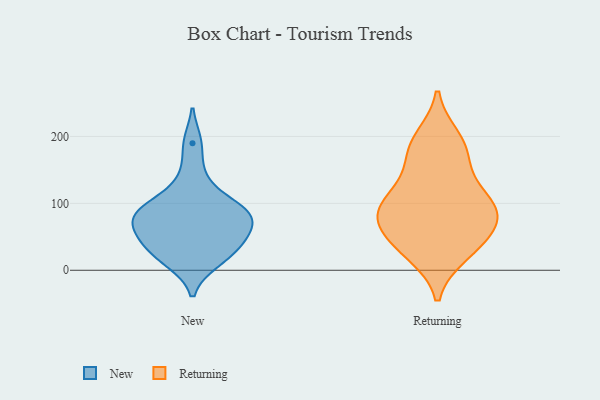
{"axis": {"x": "Active Users", "y": "Value"}, "legend": ["New", "Returning"], "data": [{"x": "", "y": 41, "type": "New"}, {"x": "", "y": 37, "type": "New"}, {"x": "", "y": 97, "type": "New"}, {"x": "", "y": 190, "type": "New"}, {"x": "", "y": 69, "type": "New"}, {"x": "", "y": 139, "type": "New"}, {"x": "", "y": 74, "type": "New"}, {"x": "", "y": 97, "type": "New"}, {"x": "", "y": 87, "type": "New"}, {"x": "", "y": 16, "type": "New"}, {"x": "", "y": 86, "type": "New"}, {"x": "", "y": 43, "type": "New"}, {"x": "", "y": 66, "type": "New"}, {"x": "", "y": 13, "type": "New"}, {"x": "", "y": 175, "type": "Returning"}, {"x": "", "y": 185, "type": "Returning"}, {"x": "", "y": 94, "type": "Returning"}, {"x": "", "y": 95, "type": "Returning"}, {"x": "", "y": 78, "type": "Returning"}, {"x": "", "y": 25, "type": "Returning"}, {"x": "", "y": 77, "type": "Returning"}, {"x": "", "y": 61, "type": "Returning"}, {"x": "", "y": 34, "type": "Returning"}, {"x": "", "y": 37, "type": "Returning"}, {"x": "", "y": 93, "type": "Returning"}, {"x": "", "y": 112, "type": "Returning"}, {"x": "", "y": 143, "type": "Returning"}, {"x": "", "y": 197, "type": "Returning"}]}